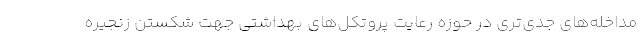
مداخله‌های جدی‌تری در حوزه رعایت پروتکل‌های بهداشتی جهت شکستن زنجیره